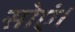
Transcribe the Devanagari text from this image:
सोएं।